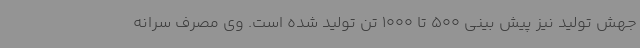
جهش تولید نیز پیش بینی 500 تا 1000 تن تولید شده است. وی مصرف سرانه